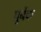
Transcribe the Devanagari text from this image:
पुर्बेक